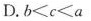
D.$$b < c < a$$